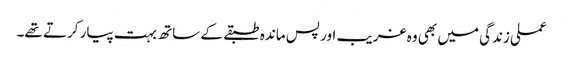
عملی زندگی میں بھی وہ غریب اور پس ماندہ طبقے کے ساتھ بہت پیار کرتے تھے۔